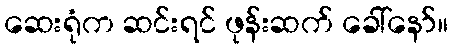
ဆေးရုံက ဆင်းရင် ဖုန်းဆက် ခေါ်နော်။